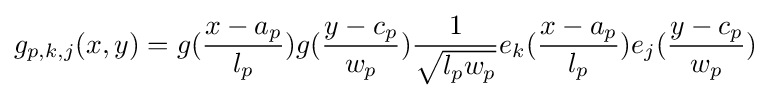
g_{p,k,j}(x,y)=g({\frac {x-a_{p}}{l_{p}}})g({\frac {y-c_{p}}{w_{p}}}){\frac {1}{\sqrt {l_{p}w_{p}}}}e_{k}({\frac {x-a_{p}}{l_{p}}})e_{j}({\frac {y-c_{p}}{w_{p}}})